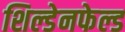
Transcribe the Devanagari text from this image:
शिल्डेनफेल्ड